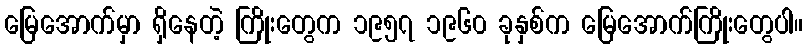
မြေအောက်မှာ ရှိနေတဲ့ ကြိုးတွေက ၁၉၅၇ ၁၉၆၀ ခုနှစ်က မြေအောက်ကြိုးတွေပါ။